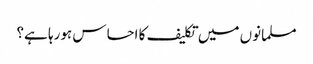
مسلمانوں میں تکلیف کا احساس ہورہا ہے؟